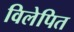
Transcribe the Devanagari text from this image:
विलेपित